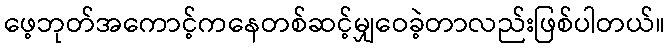
ဖေ့ဘုတ်အကောင့်ကနေတစ်ဆင့်မျှဝေခဲ့တာလည်းဖြစ်ပါတယ်။